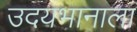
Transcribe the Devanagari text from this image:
उदयभानाला